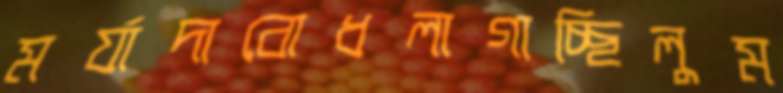
মর্যাদাবোধলাগাচ্ছিলুম